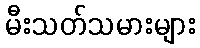
မီးသတ်သမားများ